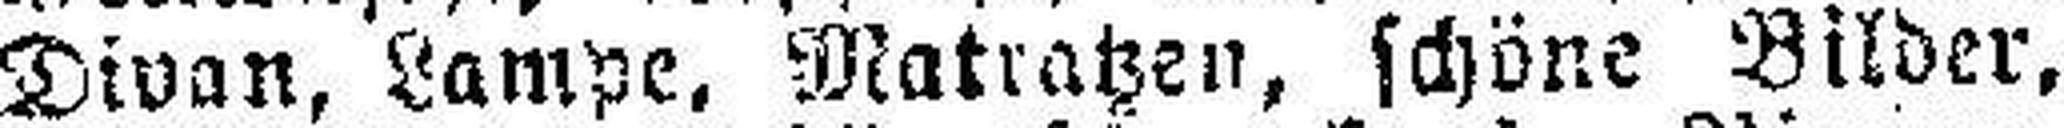
Divan, Lampe, Matratzen, schöne Bilder,